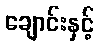
ချောင်းနှင့်